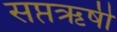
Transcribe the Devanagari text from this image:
सप्तऋषी